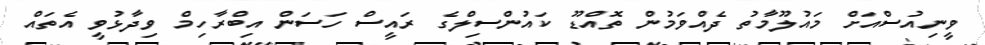
ވީނިއުސްއަށް މައުލޫމާތު ދެއްވަަމުން ތޮއްޑޫ ކައުންސިލްގެ ރައީސް ހަސަން އިބްރާހިމް ވިދާޅުވީ އެތައް